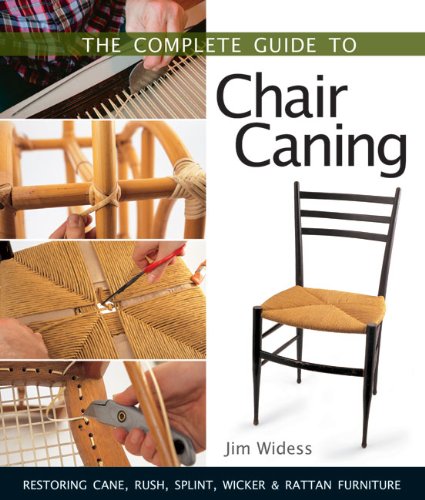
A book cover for The Complete Guide to Chair Caning: Restoring Cane, Rush, Splint, Wicker & Rattan Furniture; Jim Widess; Crafts, Hobbies & Home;